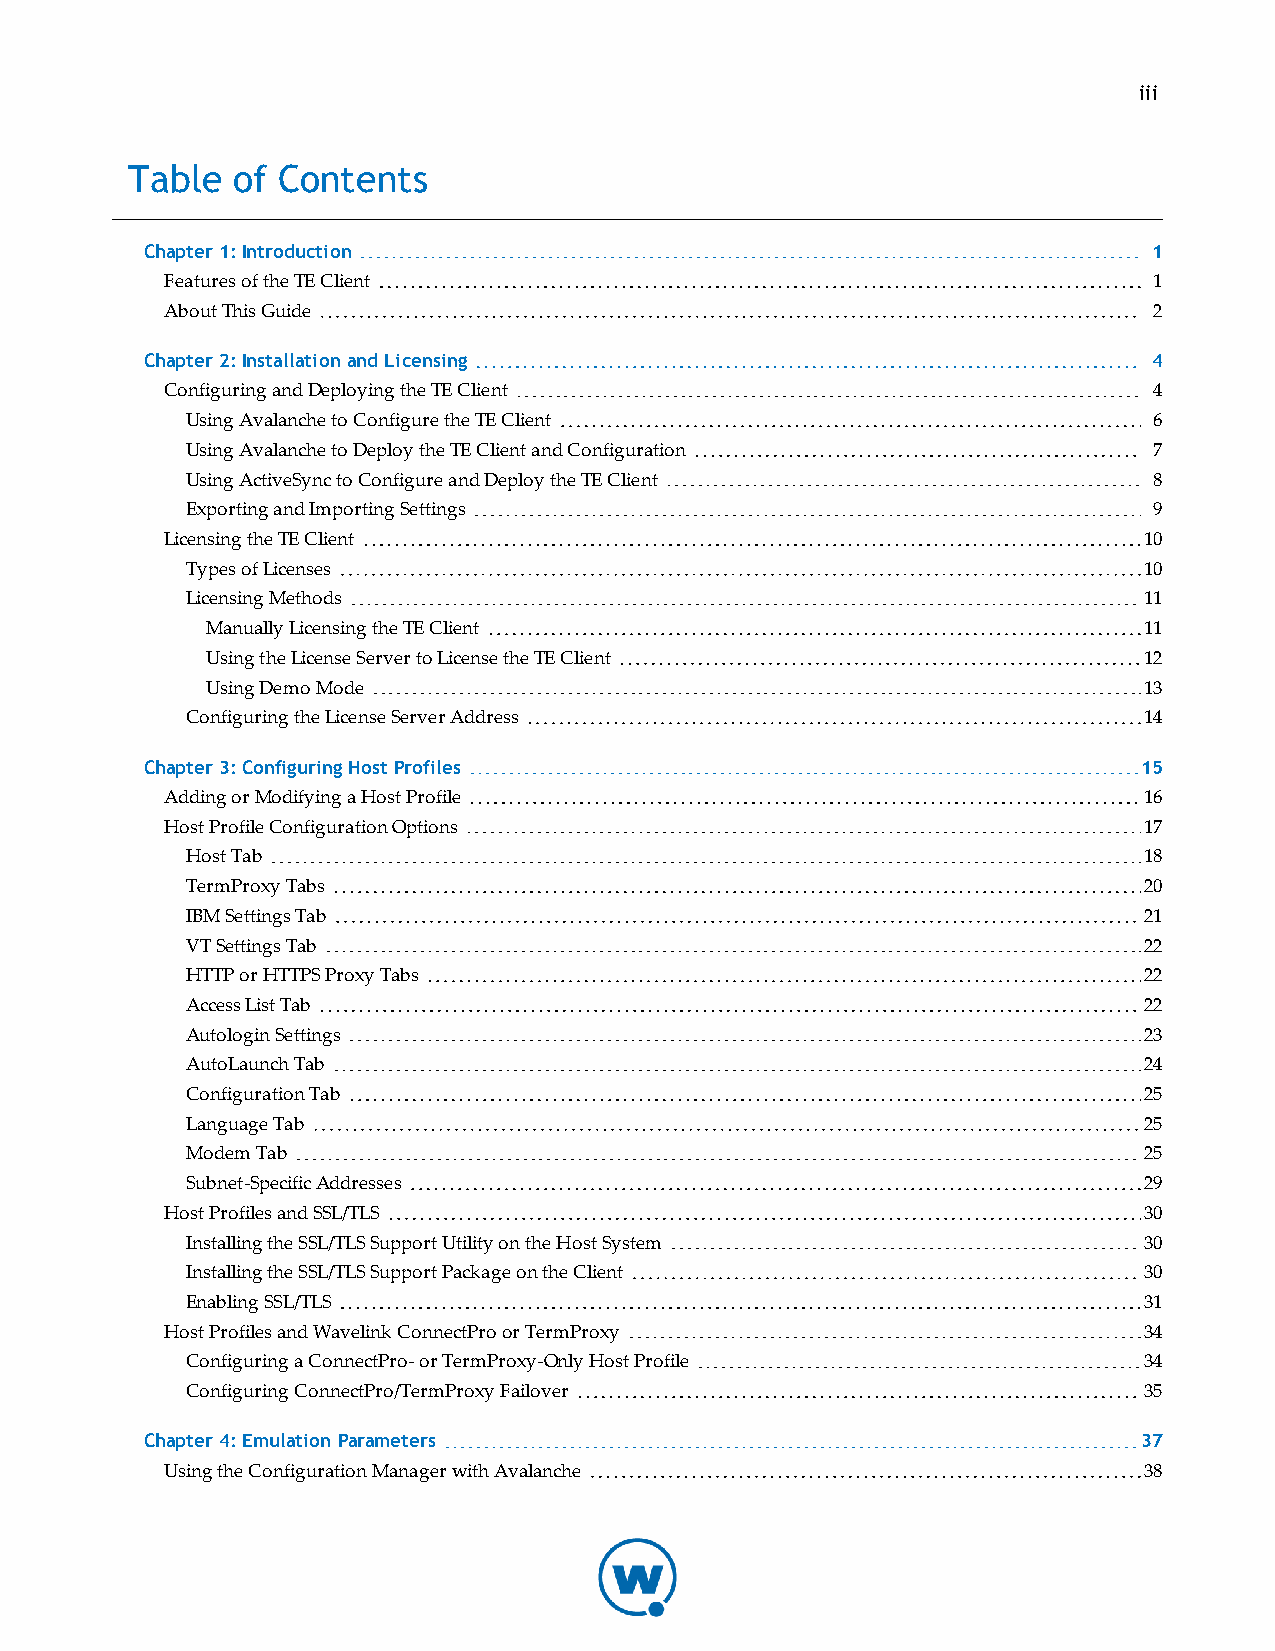
iii
 Table  of Contents
 Chapter 1: Introduction                                           1
 Features of the TE Client                                        1
 About This Guide                                                 2
 Chapter 2: Installation and Licensing                             4
 Configuring and Deploying the TE Client                          4
 Using Avalanche to Configure the TE Client                      6
 Using Avalanche to Deploy the TE Client and Configuration       7
 Using ActiveSync to Configure and Deploy the TE Client          8
 Exporting and Importing Settings                                9
 Licensing the TE Client                                          10
 Types of Licenses                                               10
 Licensing Methods                                               11
 Manually Licensing the TE Client                              11
 Using the License Server to License the TE Client             12
 Using Demo Mode                                               13
 Configuring the License Server Address                          14
 Chapter 3: Configuring Host Profiles                              15
 Adding or Modifying a Host Profile                               16
 Host Profile Configuration Options                               17
 Host Tab                                                        18
 TermProxy Tabs                                                  20
 IBM Settings Tab                                                21
 VT Settings Tab                                                 22
 HTTP or HTTPS Proxy Tabs                                        22
 Access List Tab                                                 22
 Autologin Settings                                              23
 AutoLaunch Tab                                                  24
 Configuration Tab                                               25
 Language Tab                                                    25
 Modem Tab                                                       25
 Subnet-Specific Addresses                                       29
 Host Profiles and SSL/TLS                                        30
 Installing the SSL/TLS Support Utility on the Host System       30
 Installing the SSL/TLS Support Package on the Client            30
 Enabling SSL/TLS                                                31
 Host Profiles and Wavelink ConnectPro or TermProxy               34
 Configuring a ConnectPro- or TermProxy-Only Host Profile        34
 Configuring ConnectPro/TermProxy Failover                       35
 Chapter 4: Emulation Parameters                                   37
 Using the Configuration Manager with Avalanche                   38